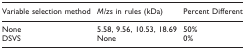
<table><thead><tr><td><b>Variable selection method</b></td><td><b><i>M/z</i>s in rules (kDa)</b></td><td><b>Percent Different</b></td></tr></thead><tbody><tr><td>None</td><td>5.58, 9.56, 10.53, 18.69</td><td>50%</td></tr><tr><td>DSVS</td><td>None</td><td>0%</td></tr></tbody></table>